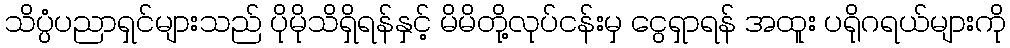
သိပ္ပံပညာရှင်များသည် ပိုမိုသိရှိရန်နှင့် မိမိတို့လုပ်ငန်းမှ ငွေရှာရန် အထူး ပရိုဂရယ်များကို